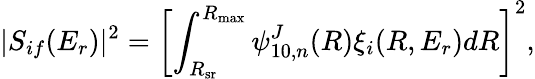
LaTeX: |S_{if}(E_{r})|^{2}=\left[\int_{R_{\textrm{sr}}}^{R_{\textrm{max}}}\psi_{10,n}^{J}(R)\xi_{i}(R,E_{r})dR\right]^{2},